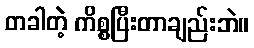
တခါတဲ့ ကိစ္စပြီးတာချည်းဘဲ။